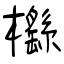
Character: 櫾